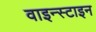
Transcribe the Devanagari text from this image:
वाइन्स्टाइन